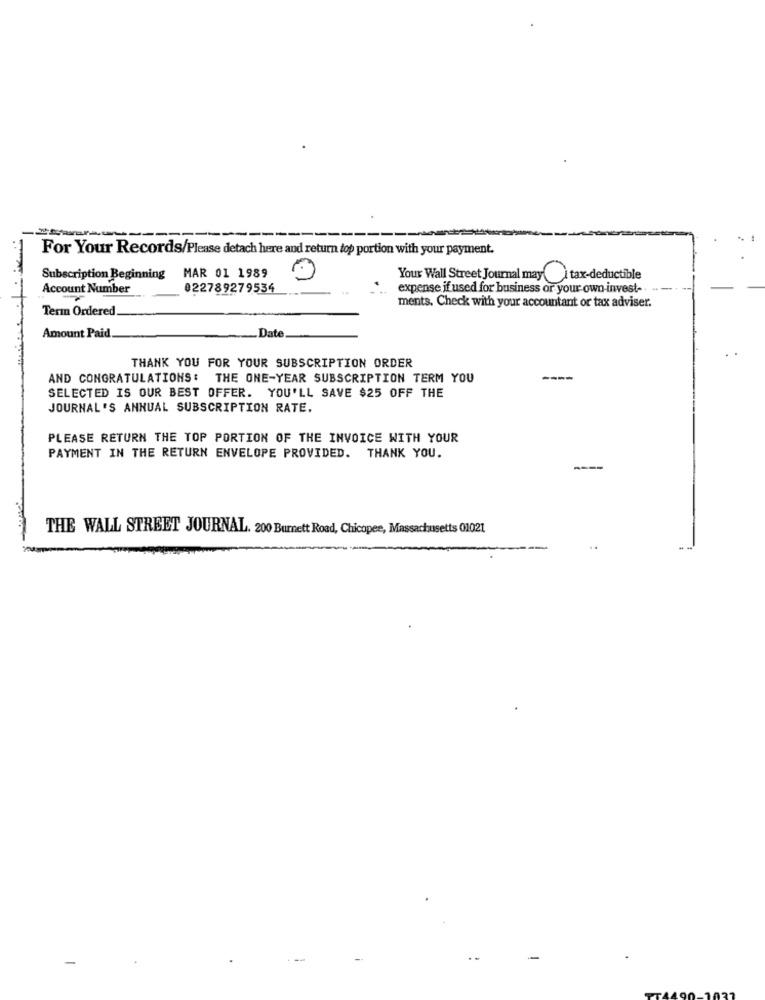
----
For Your Records/Please detach here and return top portion with your payment.
Subscription Beginning MAR 01 1989
Your Wall Street Journal may ) tax-deductible
Account Number
022789279534
expense if used for business or your own invest-
ments. Check with your accountant or tax adviser.
Term Ordered.
_Date
Amount Paid.
THANK YOU FOR YOUR SUBSCRIPTION ORDER
AND CONGRATULATIONS: THE ONE-YEAR SUBSCRIPTION TERM YOU
----
SELECTED IS OUR BEST OFFER. YOU'LL SAVE $25 OFF THE
JOURNAL 'S ANNUAL SUBSCRIPTION RATE.
PLEASE RETURN THE TOP PORTION OF THE INVOICE WITH YOUR
PAYMENT IN THE RETURN ENVELOPE PROVIDED. THANK YOU.
THE WALL STREET JOURNAL. 200 Burnett Road, Chicopee, Massachusetts 01021